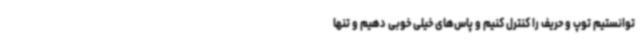
توانستیم توپ و حریف را کنترل کنیم و پاس‌های خیلی خوبی دهیم و تنها